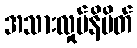
အသားလှုပ်နိမိတ်